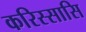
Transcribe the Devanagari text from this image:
करिस्सासि